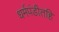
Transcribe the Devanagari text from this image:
धर्मपंडीतहि